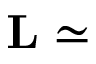
\mathbf { L } \simeq